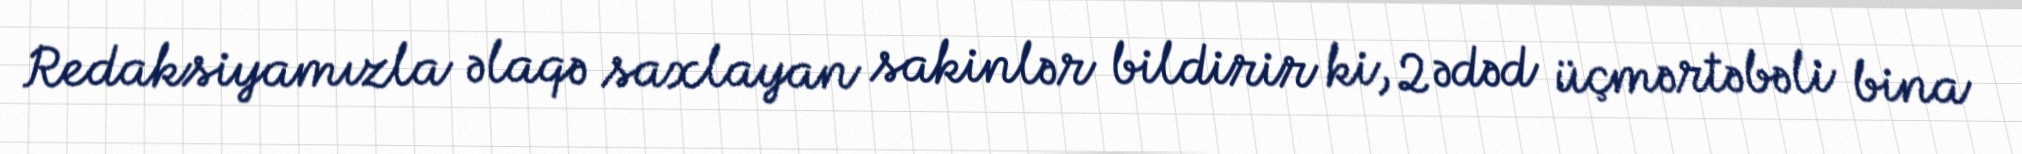
Redaksiyamızla əlaqə saxlayan sakinlər bildirir ki, 2 ədəd üçmərtəbəli bina